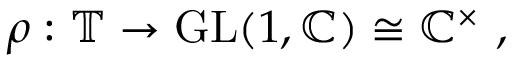
\rho : \mathbb { T } \to { \mathrm { G L } } ( 1 , \mathbb { C } ) \cong \mathbb { C } ^ { \times } ~ ,